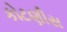
કોટણીસ